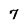
Character: 7